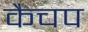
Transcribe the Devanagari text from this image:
कैचप